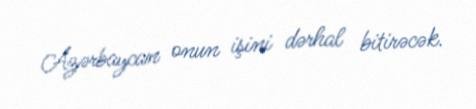
Azərbaycan onun işini dərhal bitirəcək.